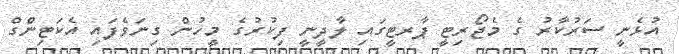
އުޅެނީ ސަރުކާރު ގެ މެޖޯރިޓީ ޕާރޓީގައި ލާދީނީ ފިކުރުގެ މީހުން ގިނަވެފައި އެކަޓިންގް